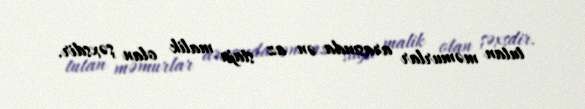
tutan məmurlar arasında ən az staja malik olan şəxsdir.